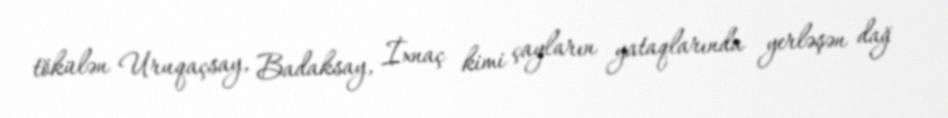
tökülən Uruqaçsay, Badaksay, İxnaç kimi çayların yataqlarında yerləşən dağ